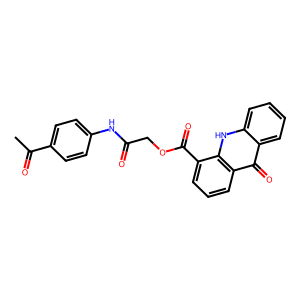
SMILES: CC(=O)c1ccc(NC(=O)COC(=O)c2cccc3c(=O)c4ccccc4[nH]c23)cc1
Inhibits HIV replication: No